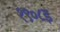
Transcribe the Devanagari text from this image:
१९०८इ